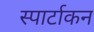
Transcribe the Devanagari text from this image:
स्पार्टाकन